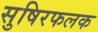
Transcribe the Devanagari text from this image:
सुषिरफलक